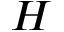
H